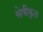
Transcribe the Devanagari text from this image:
श्लेषीकृत